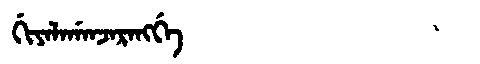
Manchu: ᡤᡳᠶᠠᠯᠠᡤᠠᠨᠵᠠᡵᠠᠩᡤᡝ
Romanization: GIYALAGANJARANGGE